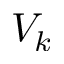
V _ { k }